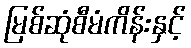
မြစ်ဆုံစီမံကိန်းနှင့်